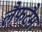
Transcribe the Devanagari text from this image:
लैफटैम